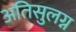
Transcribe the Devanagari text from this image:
अतिसुलग्न